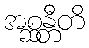
အစ္ဆန္တီတိ